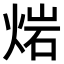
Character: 𤊤